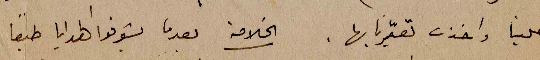
علينا واخذت تعيّرنا بها. الخلاصة بعدما يشوفوا الهدايا طبعاً